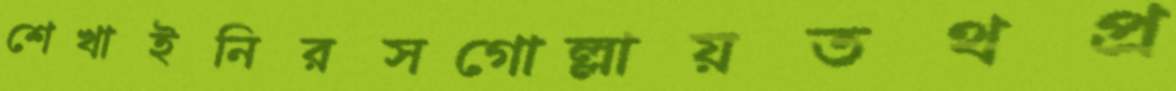
শেখাইনিরসগোল্লায়তথপ্র